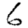
Digit: 6